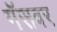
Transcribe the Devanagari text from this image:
गॅसवर